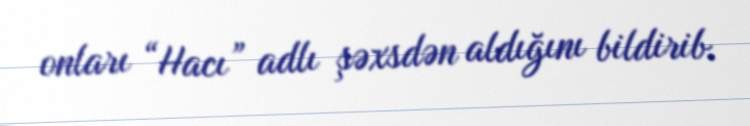
onları “Hacı” adlı şəxsdən aldığını bildirib.